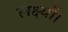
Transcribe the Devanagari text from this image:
लक्ष्यों।